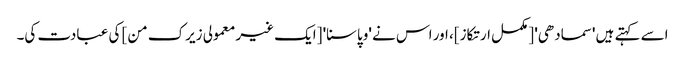
اسے کہتے ہیں 'سمادھی' [مکمل ارتکاز]، اور اس نے 'وپاسنا' [ایک غیر معمولی زیرک من] کی عبادت کی۔